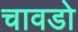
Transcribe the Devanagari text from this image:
चावडो